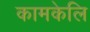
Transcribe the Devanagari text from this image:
कामकेलि